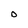
Character: 0